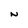
Character: N